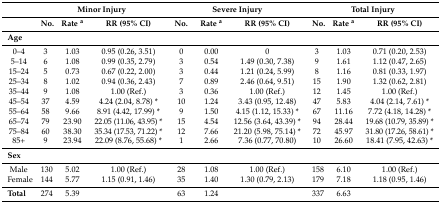
<table><thead><tr><td></td><td colspan="3"><b>Minor Injury</b></td><td colspan="3"><b>Severe Injury</b></td><td colspan="3"><b>Total Injury</b></td></tr><tr><td></td><td><b>No.</b></td><td><b>Rate <sup>a</sup></b></td><td><b>RR (95% CI)</b></td><td><b>No.</b></td><td><b>Rate <sup>a</sup></b></td><td><b>RR (95% CI)</b></td><td><b>No.</b></td><td><b>Rate <sup>a</sup></b></td><td><b>RR (95% CI)</b></td></tr></thead><tbody><tr><td><b>Age</b></td><td></td><td></td><td></td><td></td><td></td><td></td><td></td><td></td><td></td></tr><tr><td>0–4</td><td>3</td><td>1.03 </td><td>0.95 (0.26, 3.51)</td><td>0</td><td>0.00</td><td>0</td><td>3</td><td>1.03</td><td>0.71 (0.20, 2.53)</td></tr><tr><td>5–14</td><td>6</td><td>1.08 </td><td>0.99 (0.35, 2.79)</td><td>3</td><td>0.54</td><td>1.49 (0.30, 7.38)</td><td>9</td><td>1.61</td><td>1.12 (0.47, 2.65)</td></tr><tr><td>15–24</td><td>5</td><td>0.73 </td><td>0.67 (0.22, 2.00)</td><td>3</td><td>0.44</td><td>1.21 (0.24, 5.99)</td><td>8</td><td>1.16</td><td>0.81 (0.33, 1.97)</td></tr><tr><td>25–34</td><td>8</td><td>1.02 </td><td>0.94 (0.36, 2.43)</td><td>7</td><td>0.89</td><td>2.46 (0.64, 9.51)</td><td>15</td><td>1.90</td><td>1.32 (0.62, 2.81)</td></tr><tr><td>35–44</td><td>9</td><td>1.08 </td><td>1.00 (Ref.)</td><td>3</td><td>0.36</td><td>1.00 (Ref.)</td><td>12</td><td>1.45</td><td>1.00 (Ref.)</td></tr><tr><td>45–54</td><td>37</td><td>4.59 </td><td>4.24 (2.04, 8.78) *</td><td>10</td><td>1.24</td><td>3.43 (0.95, 12.48)</td><td>47</td><td>5.83</td><td>4.04 (2.14, 7.61) *</td></tr><tr><td>55–64</td><td>58</td><td>9.66 </td><td>8.91 (4.42, 17.99) *</td><td>9</td><td>1.50</td><td>4.15 (1.12, 15.33) *</td><td>67</td><td>11.16</td><td>7.72 (4.18, 14.28) *</td></tr><tr><td>65–74</td><td>79</td><td>23.90 </td><td>22.05 (11.06, 43.95) *</td><td>15</td><td>4.54</td><td>12.56 (3.64, 43.39) *</td><td>94</td><td>28.44</td><td>19.68 (10.79, 35.89) *</td></tr><tr><td>75–84</td><td>60</td><td>38.30 </td><td>35.34 (17.53, 71.22) *</td><td>12</td><td>7.66</td><td>21.20 (5.98, 75.14) *</td><td>72</td><td>45.97</td><td>31.80 (17.26, 58.61) *</td></tr><tr><td>85+</td><td>9</td><td>23.94 </td><td>22.09 (8.76, 55.68) *</td><td>1</td><td>2.66</td><td>7.36 (0.77, 70.80)</td><td>10</td><td>26.60</td><td>18.41 (7.95, 42.63) *</td></tr><tr><td><b>Sex</b></td><td></td><td colspan="8"></td></tr><tr><td>Male</td><td>130</td><td>5.02 </td><td>1.00 (Ref.)</td><td>28</td><td>1.08 </td><td>1.00 (Ref.)</td><td>158 </td><td>6.10 </td><td>1.00 (Ref.)</td></tr><tr><td>Female</td><td>144</td><td>5.77 </td><td>1.15 (0.91, 1.46)</td><td>35</td><td>1.40 </td><td>1.30 (0.79, 2.13)</td><td>179 </td><td>7.18 </td><td>1.18 (0.95, 1.46)</td></tr><tr><td><b>Total</b></td><td>274</td><td>5.39</td><td></td><td>63</td><td>1.24</td><td></td><td>337</td><td>6.63</td><td></td></tr></tbody></table>